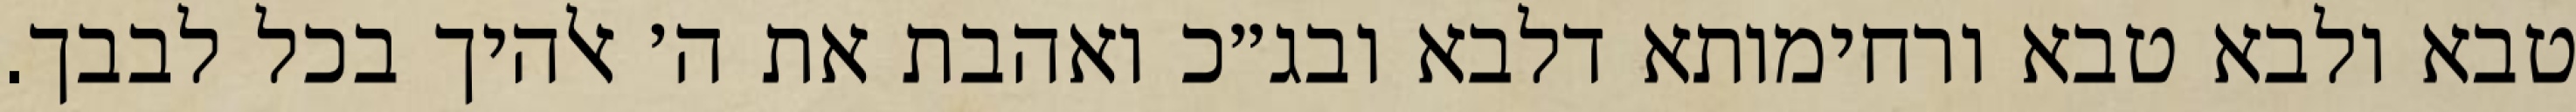
טבא ולבא טבא ורחימותא דלבא ובג״כ ואהבת את ה׳ אלהיך בכל לבבך.